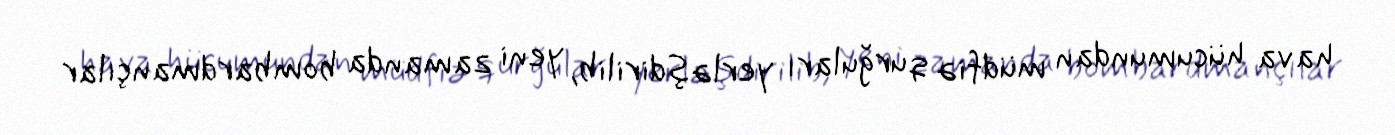
hava hücumundan müdfiə qurğuları yerləşdirilib, yeni zamanda bombardmançılar